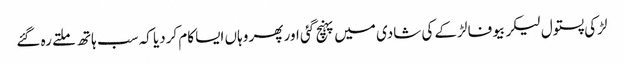
لڑکی پستول لیکر بیوفا لڑکے کی شادی میں پہنچ گئی اور پھر وہاں ایسا کام کردیا کہ سب ہاتھ ملتے رہ گئے